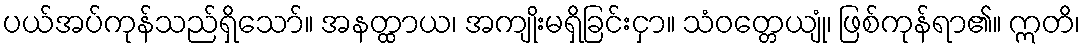
ပယ်အပ်ကုန်သည်ရှိသော်။ အနတ္ထာယ၊ အကျိုးမရှိခြင်းငှာ။ သံဝတ္တေယျုံ၊ ဖြစ်ကုန်ရာ၏။ ဣတိ၊